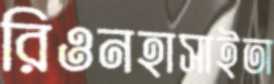
রিওনহাসাইতা